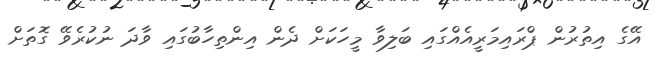
އޭގެ އިތުރުން ޕްރައިމަރީއެއްގައި ބަލިވާ މީހަކަށް ދެން އިންތިހާބުގައި ވާދަ ނުކުރެވޭ ގޮތަށް